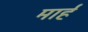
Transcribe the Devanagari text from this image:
मार्ह